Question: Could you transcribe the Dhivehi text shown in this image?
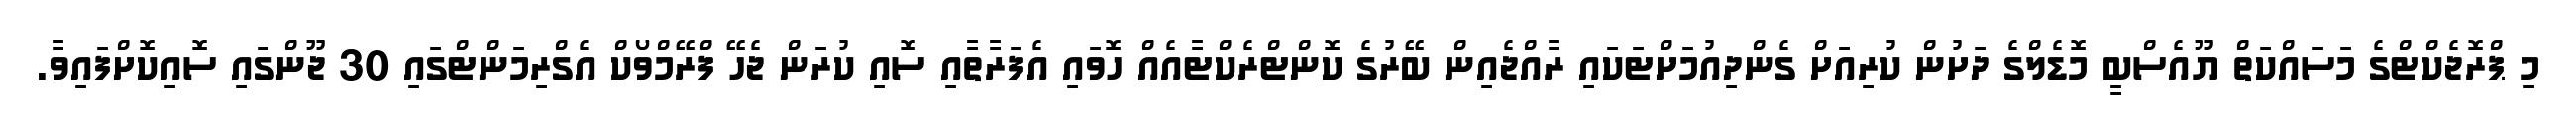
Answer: މި ޕްރޮޖެކްޓްގެ މަސައްކަތް ޔޫއެސްބީ މޮޑެލްގެ ދަށުން ކުރިއަށް ގެންދިއުމަށްޓަކައި ރާއްޖެއިން ބޭރުގެ ކޮންޓްރެކްޓާއެއް ހޮވައި އެފަރާތާއި ސޮއި ކުރަން ޖެހޭ ފްރޭމްވޯކް އެގްރިމަންޓްގައި 30 ޖޫންގައި ސޮއިކޮށްފައިވާ.